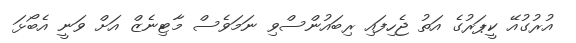
އުރުގުއޭ ކީޕަރުގެ އަތު ޖެހިފައި ރިބައުންސްވި ނަމަވެސް މާޓިނެޒް އަށް ވަނީ އެބޯޅަ